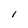
Character: I